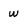
Character: w